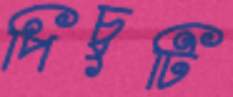
পিচুটি